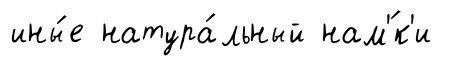
ины́е натура́льный нам'́к'и